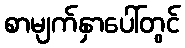
စာမျက်နှာပေါ်တွင်